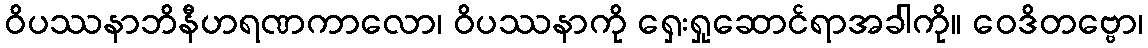
ဝိပဿနာဘိနီဟရဏကာလော၊ ဝိပဿနာကို ရှေးရှုဆောင်ရာအခါကို။ ဝေဒိတဗ္ဗော၊